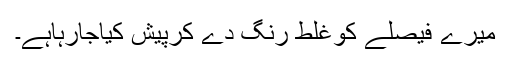
میرے فیصلے کوغلط رنگ دے کرپیش کیاجارہاہے۔